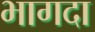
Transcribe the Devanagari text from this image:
भागदा